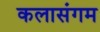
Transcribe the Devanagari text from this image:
कलासंगम